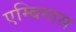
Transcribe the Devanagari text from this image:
एम्बिगास